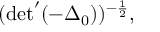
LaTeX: ( \mathrm { d e t } ^ { \prime } ( - { \Delta } _ { 0 } ) ) ^ { - \frac { 1 } { 2 } } ,